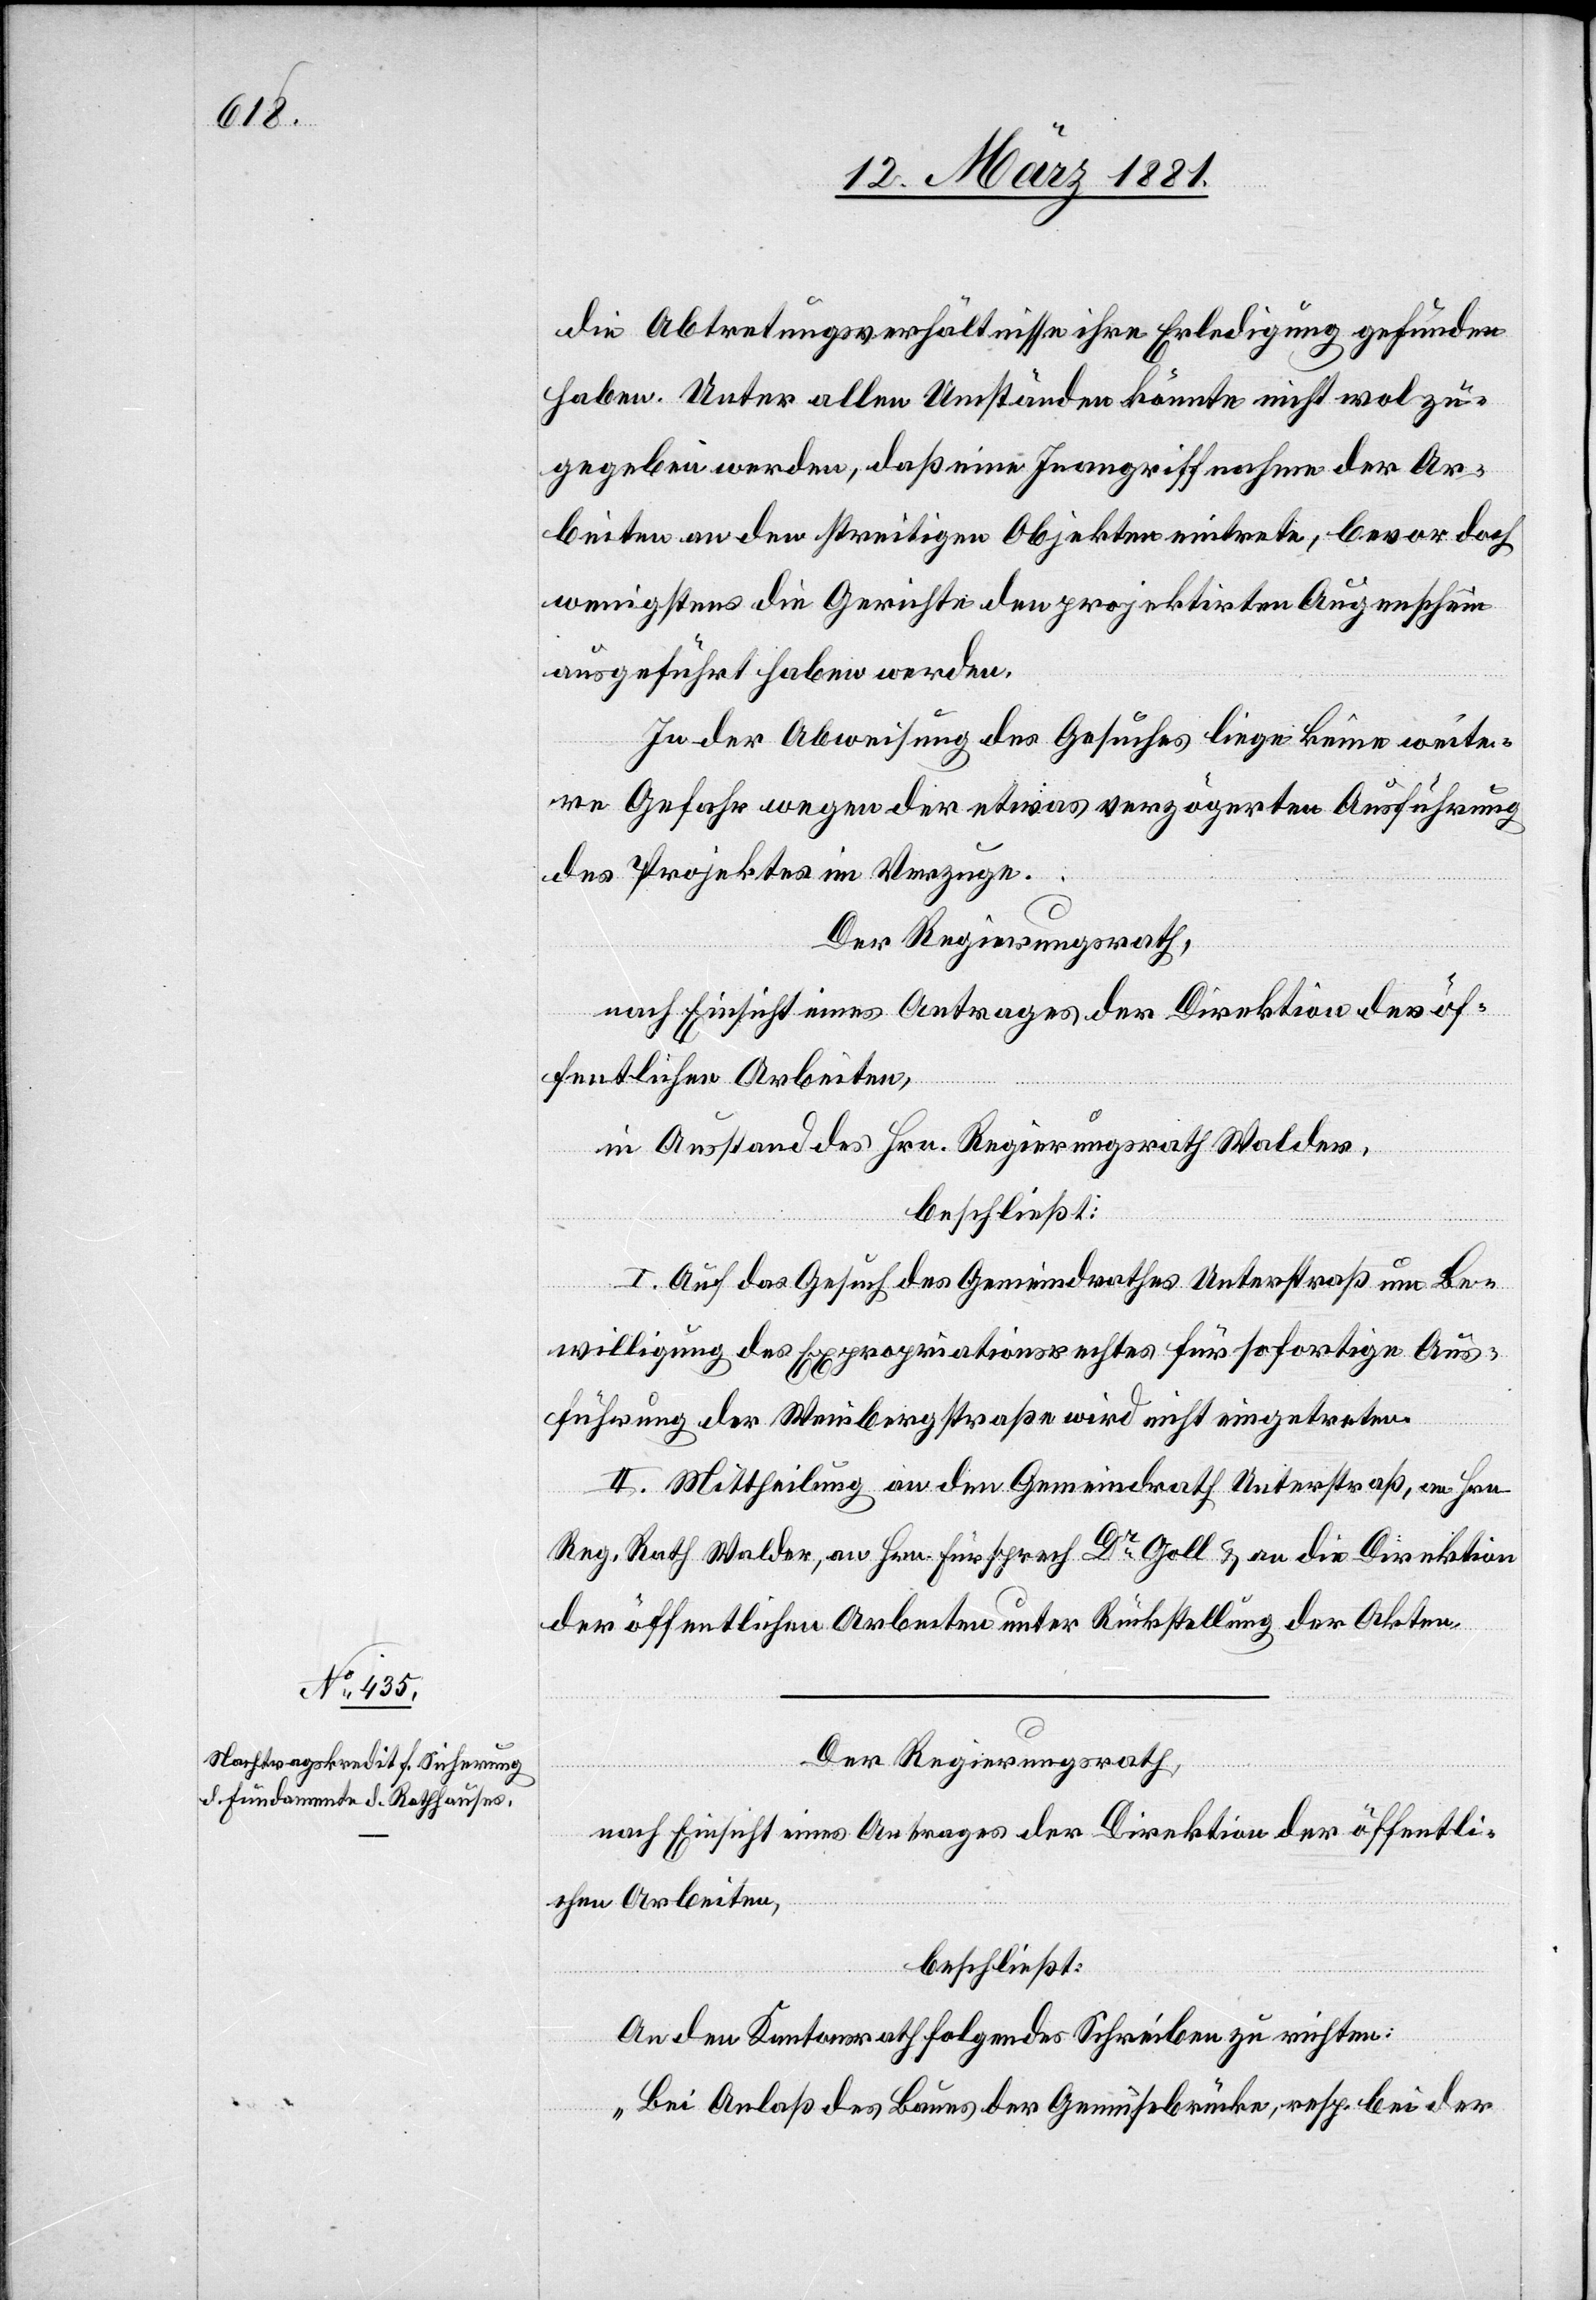
die Abtretungsverhältnisse ihre Erledigung gefunden
haben. Unter allen Umständen könnte nicht wol zu¬
gegeben werden, daß eine Inangriffnahme der Ar¬
beiten an den streitigen Objekten eintrete, bevor doch
wenigstens die Gerichte den projektirten Augenschein
ausgeführt haben werden.
In der Abweisung des Gesuches liege keine weite¬
re Gefahr wegen der etwas verzögerten Ausführung
des Projektes im Verzuge.
Der Regierungsrath,
nach Einsicht eines Antrages der Direktion der öf¬
fentlichen Arbeiten,
in Ausstand des Hrn. Regierungsrath Walder,
beschließt:
I. Auf das Gesuch des Gemeindrathes Unterstraß um Be¬
willigung des Expropriationsrechts für sofortige Aus¬
führung der Weinbergstraße wird nicht eingetreten.
II. Mittheilung an den Gemeindrath Unterstraß, an Hrn.
Reg. Rath Walder, an Hrn. Fürsprech Dr Goll & an die Direktion
der öffentlichen Arbeiten unter Rückstellung der Akten.
Der Regierungsrath,
nach Einsicht eines Antrages der Direktion der öffentli¬
chen Arbeiten,
beschließt:
An den Kantonsrath folgendes Schreiben zu richten:
„Bei Anlaß des Baues der Gemüsebrücke, resp. bei der